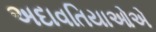
અદાવતિયાઓએ